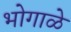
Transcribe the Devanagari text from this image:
भोगाळे